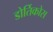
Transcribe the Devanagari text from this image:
डोर्तिकोस